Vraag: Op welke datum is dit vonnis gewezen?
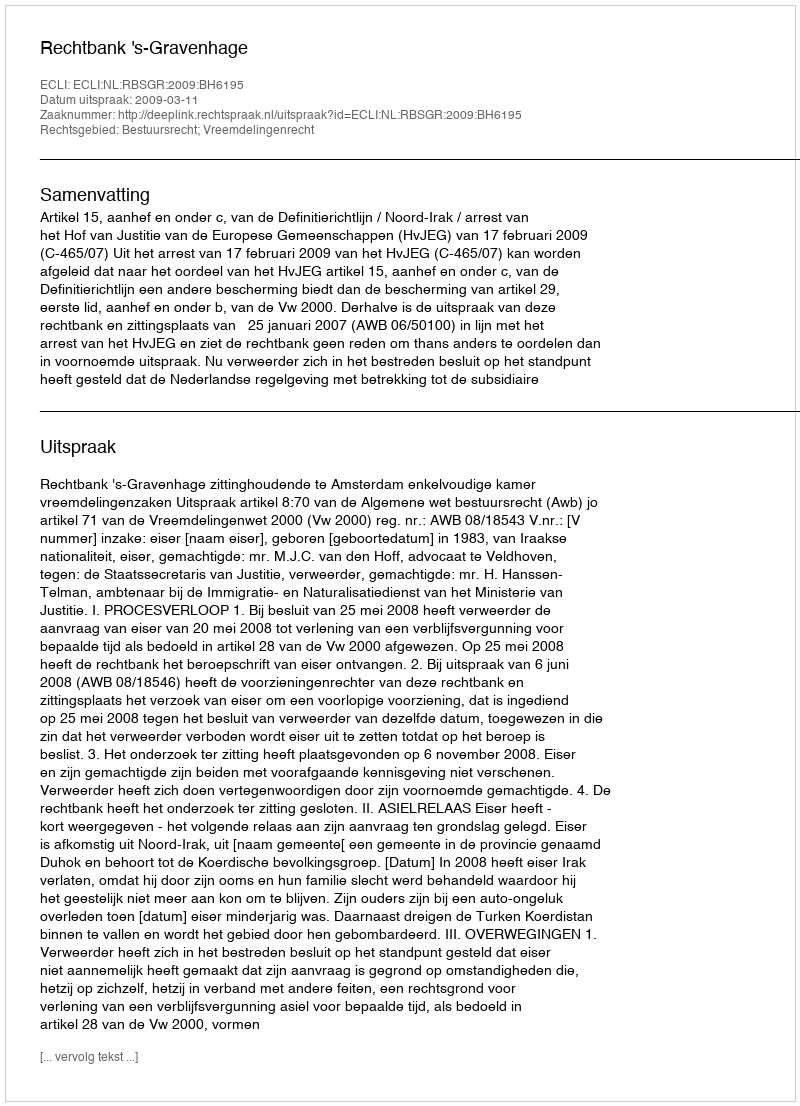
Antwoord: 2009-03-11